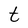
Character: t